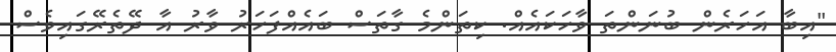
"އިބާ އަހަރެން ބުނަންތަ ވާހަކައެއް. ކިތަންމެ ގާތަސް ބައެއްފަހަރު ވާރު އާ ދޭތެރޭގައިވެސް